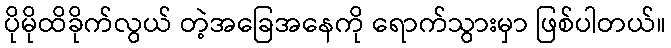
ပိုမိုထိခိုက်လွယ် တဲ့အခြေအနေကို ရောက်သွားမှာ ဖြစ်ပါတယ်။